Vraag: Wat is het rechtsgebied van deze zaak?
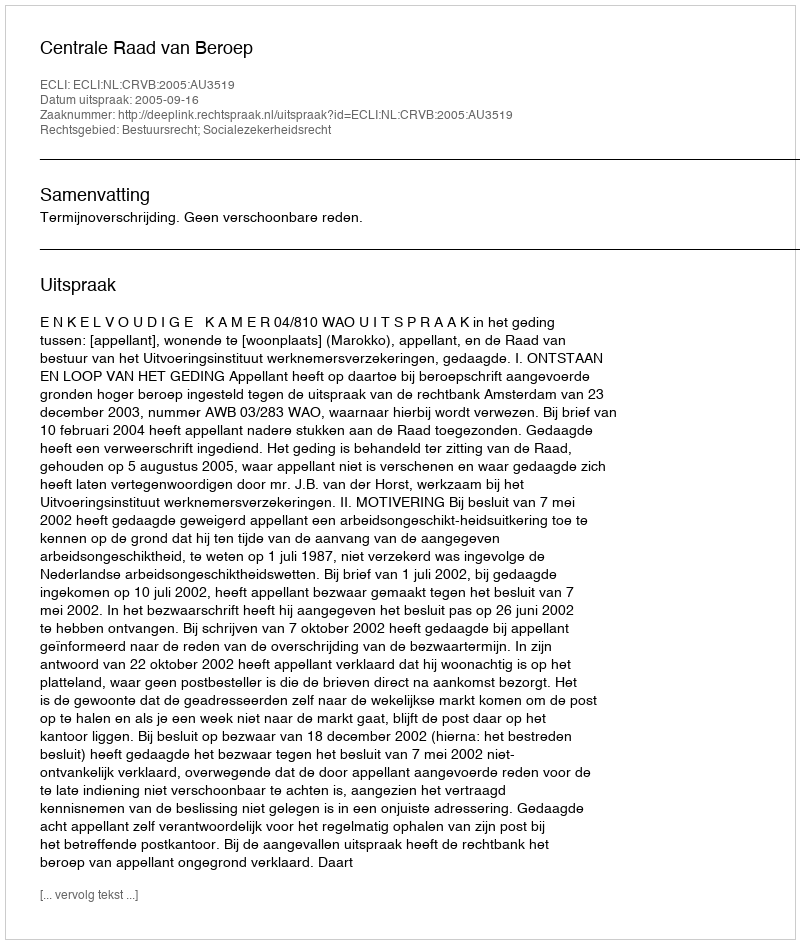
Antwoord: Bestuursrecht; Socialezekerheidsrecht